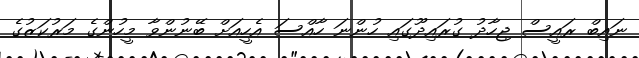
ނައިބް ރައީސް ޖިހާދު ގުރައިދޫގައި ހުންނަ ހާއްސަ އެހީއަށް ބޭނުންވާ މީހުންގެ މަރުކަޒުގެ